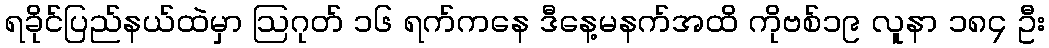
ရခိုင်ပြည်နယ်ထဲမှာ ဩဂုတ် ၁၆ ရက်ကနေ ဒီနေ့မနက်အထိ ကိုဗစ်၁၉ လူနာ ၁၈၄ ဦး